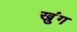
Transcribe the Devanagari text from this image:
खुंग